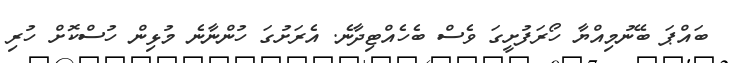
ބައްޕަ ބޭނުމިއްޔާ ހޯރަފުށީގަ ވެސް ބެހެއްޓިދާނެ. އެރަށުގަ ހުންނާނެ މުޅިން ހުސްކޮށް ހުރި